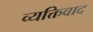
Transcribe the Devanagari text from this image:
व्‍यक्तिवाद